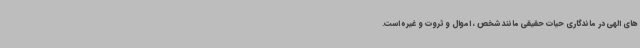
های الهی در ماندگاری حیات حقیقی مانند شخص ، اموال و ثروت و غیره است.